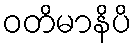
ဝတိမာနိပိ